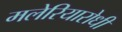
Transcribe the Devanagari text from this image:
मलेरियारोधी